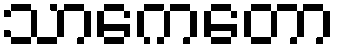
သာကေတော